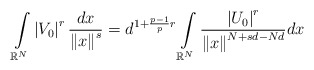
\begin{align*}\int\limits_{\mathbb{R}^{N}}\left\vert V_{0}\right\vert ^{r}\frac{dx}{\left\Vert x\right\Vert ^{s}}=d^{1+\frac{p-1}{p}r}\int\limits_{\mathbb{R}^{N}}\frac{\left\vert U_{0}\right\vert ^{r}}{\left\Vert x\right\Vert^{N+sd-Nd}}dx\end{align*}